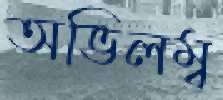
অভিলম্ব